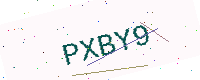
Text: PXBY9